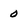
Character: 0